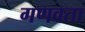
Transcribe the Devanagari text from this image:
गणवता